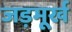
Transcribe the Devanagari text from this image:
जड़मूर्ख